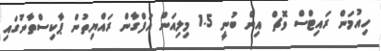
ހިއުމަން ރައިޓްސް ވޮޗް އިން ބުނީ 1.5 މިލިއަން އަފްގާން ރައްޔިތުން ޕާކިސްތާނުގައި